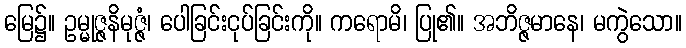
မြေ၌။ ဥမ္မုဇ္ဇနိမုဇ္ဇံ၊ ပေါခြင်းငုပ်ခြင်းကို။ ကရောမိ၊ ပြု၏။ အဘိဇ္ဇမာနေ၊ မကွဲသော။